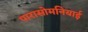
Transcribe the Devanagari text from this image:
पारासोमनियाई